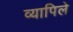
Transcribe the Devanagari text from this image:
व्यापिले